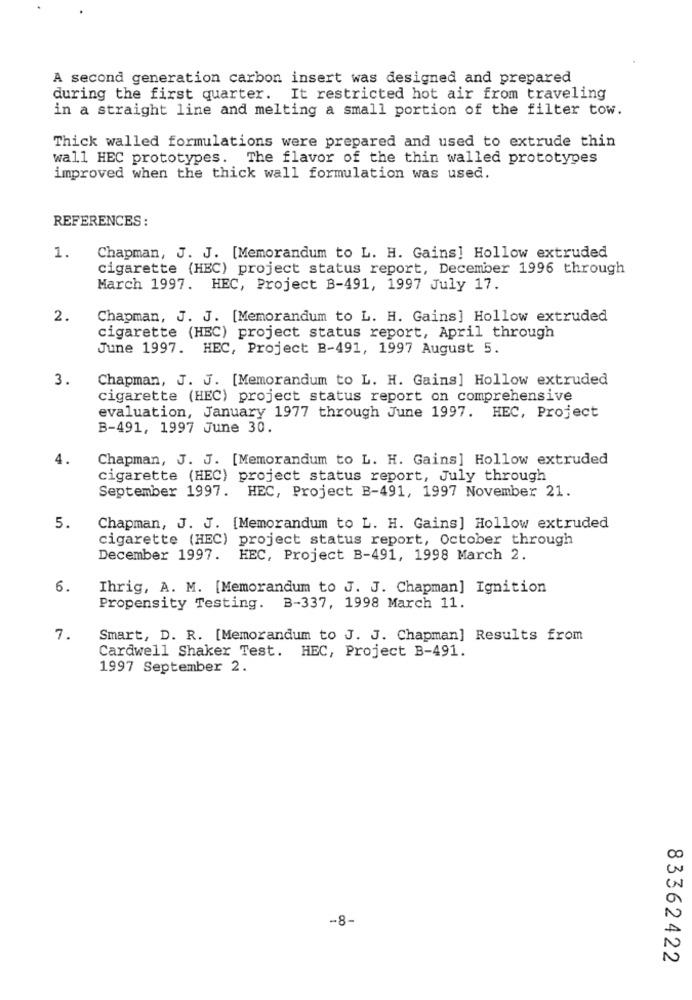
A second generation carbon insert was designed and prepared
during the first quarter. It restricted hot air from traveling
in a straight line and melting a small portion of the filter tow.
Thick walled formulations were prepared and used to extrude thin
wall HEC prototypes. The flavor of the thin walled prototypes
improved when the thick wall formulation was used.
REFERENCES :
1.
Chapman, J. J. [Memorandum to L. H. Gains] Hollow extruded
cigarette (HEC) project status report, December 1996 through
March 1997. HEC, Project B-491, 1997 July 17.
2.
Chapman, J. J. [Memorandum to L. H. Gains] Hollow extruded
cigarette (HEC) project status report, April through
June 1997. HEC, Project B-491, 1997 August 5.
3.
Chapman, J. J. [Memorandum to L. H. Gains] Hollow extruded
cigarette (HEC) project status report on comprehensive
evaluation, January 1977 through June 1997. HEC, Project
B-491, 1997 June 30.
4.
Chapman, J. J. [Memorandum to L. H. Gains] Hollow extruded
cigarette (HEC) project status report, July through
September 1997. HEC, Project B-491, 1997 November 21.
5.
Chapman, J. J. [Memorandum to L. H. Gains] Hollow extruded
cigarette (HEC) project status report, October through
December 1997. HEC, Project B-491, 1998 March 2.
6.
Ihrig, A. M. [Memorandum to J. J. Chapman] Ignition
Propensity Testing. B-337, 1998 March 11.
7.
Smart, D. R. [Memorandum to J. J. Chapman] Results from
Cardwell Shaker Test. HEC, Project B-491.
1997 September 2.
-8-
83362422